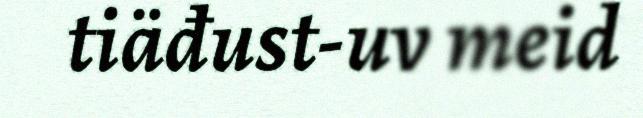
tiäđust-uv meid